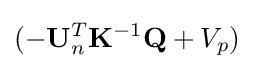
(-\mathbf {U} _{n}^{T}\mathbf {K} ^{-1}\mathbf {Q} +V_{p})